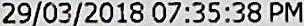
29/03/2018 07:35:38 PM